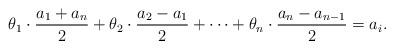
LaTeX: \begin{align*}\theta_1\cdot\frac{a_1+a_n}{2}+\theta_2\cdot\frac{a_2-a_1}{2}+\dots+\theta_n\cdot\frac{a_n-a_{n-1}}{2}=a_i.\end{align*}